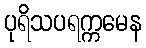
ပုရိသပရက္ကမေန